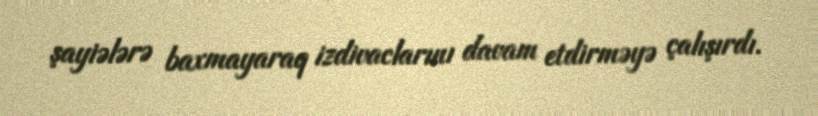
şayiələrə baxmayaraq izdivaclarını davam etdirməyə çalışırdı.